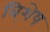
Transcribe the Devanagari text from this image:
वि्शेष